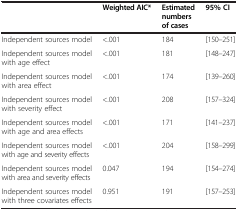
|  | Weighted AIC* | Estimated numbers of cases | 95% CI |
 | --- | --- | --- | --- |
 | Independent sources model | <.001 | 184 | [150–251] |
 | Independent sources model with age effect | <.001 | 181 | [148–247] |
 | Independent sources model with area effect | <.001 | 174 | [139–260] |
 | Independent sources model with severity effect | <.001 | 208 | [157–324] |
 | Independent sources model with age and area effects | <.001 | 171 | [141–237] |
 | Independent sources model with age and severity effects | <.001 | 204 | [158–299] |
 | Independent sources model with area and severity effects | 0.047 | 194 | [154–274] |
 | Independent sources model with three covariates effects | 0.951 | 191 | [157–253] |